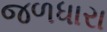
જળધારા